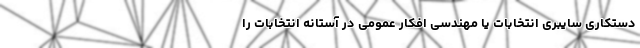
دستکاری سایبری انتخابات یا مهندسی افکار عمومی در آستانه انتخابات را